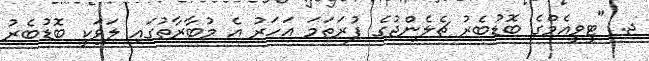
ޖ. "ޓީވީއެމްގެ ބޮޑުބެރު ޗެލެންޖުގެ ފުރަތަމަ އަހަރު އެ މުބާރާތުގައި ލަވަކީ ބޮޑުބެރު